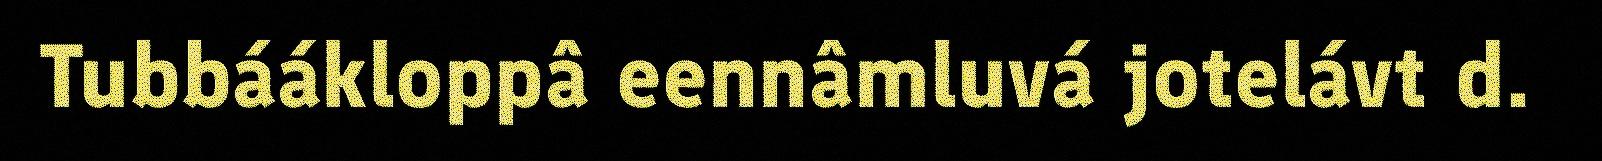
Tubbáákloppâ eennâmluvá jotelávt d.